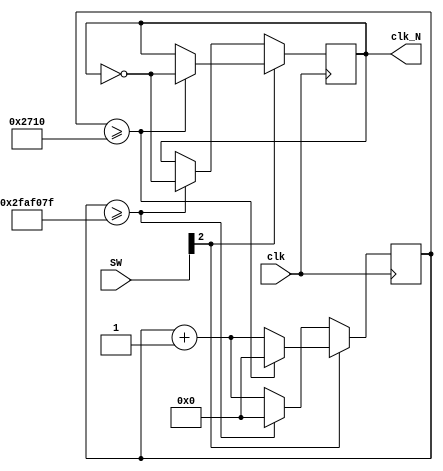
`timescale 1ns / 1ps
//////////////////////////////////////////////////////////////////////////////////
// Company: 
// Engineer: 
// 
// Design Name: 
// Module Name: divider
// Project Name: 
// Target Devices: 
// Tool Versions: 
// Description: 
// 
// Dependencies: 
// 
// Revision:
// Revision 0.01 - File Created
// Additional Comments:
// 
//////////////////////////////////////////////////////////////////////////////////


module divider(clk, clk_N, SW);
input clk;                      // 
input [2:0] SW;
output reg clk_N;                   // 
parameter N = 100_000_000;      // 1Hz,N=fclk/fclk_N
parameter N1 = 10000;
reg [31:0] counter;             /* 
                                   0(N/2-1)
                                    */
always @(posedge clk)  begin    // 
    
    if(SW[2] == 1) begin
        if (counter >= N1) begin
            clk_N <= ~clk_N;
            counter <= 0;
        end
        else begin
                counter <= counter+1;
            end 
    end
    else
        if (counter >= (N/2-1)) begin
            clk_N <= ~clk_N;
            counter <= 0;
        end
        else begin
            counter <= counter+1;
        end 
    end
    

//    if (counter == (N/2-1) && flag == 0 ) begin
//        clk_N <= ~clk_N;
//        counter <= 0;
//    end
//    else begin
//        counter <= counter+1;
//    end                            
     
//end                           
endmodule